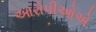
આરોપીઓએ